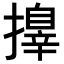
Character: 𢶓